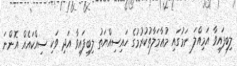
ލިބިފައިވާ އަމިއްލަ ނަމުގައި މުޢާމަލާތުކުރުމުގެ ހައިސިއްޔަތު ލިބިފައިވާ އަދި ވަކި ސިއްކައެއް އޮންނަ